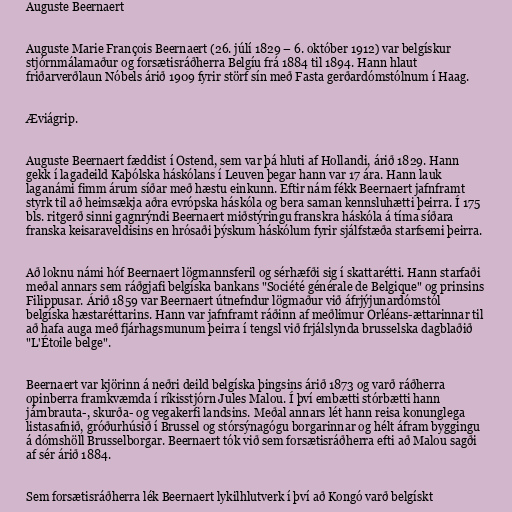
Auguste Beernaert

Auguste Marie François Beernaert (26. júlí 1829 – 6. október 1912) var belgískur
stjórnmálamaður og forsætisráðherra Belgíu frá 1884 til 1894. Hann hlaut
friðarverðlaun Nóbels árið 1909 fyrir störf sín með Fasta gerðardómstólnum í Haag.

Æviágrip.

Auguste Beernaert fæddist í Ostend, sem var þá hluti af Hollandi, árið 1829. Hann
gekk í lagadeild Kaþólska háskólans í Leuven þegar hann var 17 ára. Hann lauk
laganámi fimm árum síðar með hæstu einkunn. Eftir nám fékk Beernaert jafnframt
styrk til að heimsækja aðra evrópska háskóla og bera saman kennsluhætti þeirra. Í 175
bls. ritgerð sinni gagnrýndi Beernaert miðstýringu franskra háskóla á tíma síðara
franska keisaraveldisins en hrósaði þýskum háskólum fyrir sjálfstæða starfsemi þeirra.

Að loknu námi hóf Beernaert lögmannsferil og sérhæfði sig í skattarétti. Hann starfaði
meðal annars sem ráðgjafi belgíska bankans "Société générale de Belgique" og prinsins
Filippusar. Árið 1859 var Beernaert útnefndur lögmaður við áfrjýjunardómstól
belgíska hæstaréttarins. Hann var jafnframt ráðinn af meðlimur Orléans-ættarinnar til
að hafa auga með fjárhagsmunum þeirra í tengsl við frjálslynda brusselska dagblaðið
"L'Étoile belge".

Beernaert var kjörinn á neðri deild belgíska þingsins árið 1873 og varð ráðherra
opinberra framkvæmda í ríkisstjórn Jules Malou. Í því embætti stórbætti hann
járnbrauta-, skurða- og vegakerfi landsins. Meðal annars lét hann reisa konunglega
listasafnið, gróðurhúsið í Brussel og stórsýnagógu borgarinnar og hélt áfram byggingu
á dómshöll Brusselborgar. Beernaert tók við sem forsætisráðherra efti að Malou sagði
af sér árið 1884.

Sem forsætisráðherra lék Beernaert lykilhlutverk í því að Kongó varð belgískt